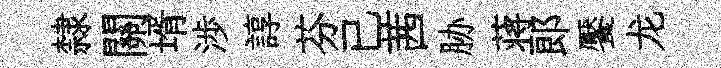
隸關壻渉諄芬已茜胁蒋郞饜龙